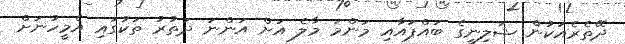
ދޭތެރެއަކުން ޝަލިނީގެ ބައްޕައާއި މަންމަ މާލެ އަށް އަންނަ ދަތުރު ތަކުގައި އެމީހުނަށް